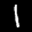
Label: 1